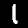
Label: 1